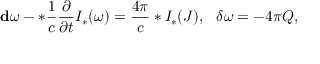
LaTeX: { \bf d } \omega - * \frac { 1 } { c } \frac { \partial } { \partial t } { \cal I } _ { * } ( \omega ) = \frac { 4 \pi } { c } * { \cal I } _ { * } ( { \cal J } ) , \ \ \delta \omega = - 4 \pi { \cal Q } ,